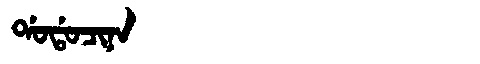
Manchu: ᡩᠣᡩᠣᠴᡳᠨᠠ
Romanization: DODOCINA